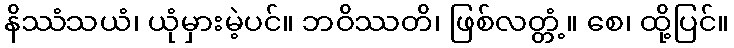
နိဿံသယံ၊ ယုံမှားမဲ့ပင်။ ဘဝိဿတိ၊ ဖြစ်လတ္တံ့။ စေ၊ ထို့ပြင်။